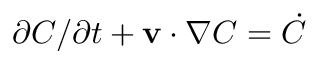
\partial C / \partial t + { \bf v } \cdot \nabla C = \dot { C }